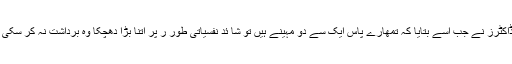
ڈاکٹرز نے جب اسے بتایا کہ تمھارے پاس ایک سے دو مہینے ہیں تو شا ئد نفسیاتی طور ر پر اتنا بڑا دھچکا وہ برداشت نہ کر سکی ۔